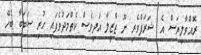
ރޮއްވާލިޔަސް އެ ޝަރަފްވެރި ނޫ ޖާޒީލާ އަދިވެސް ކެތްމަދުވެފައި ހުރި ސަބަބާ ބެހޭ